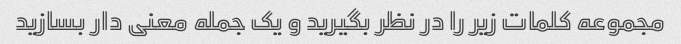
مجموعه کلمات زیر را در نظر بگیرید و یک جمله معنی دار بسازید